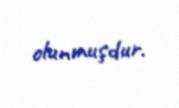
olunmuşdur.